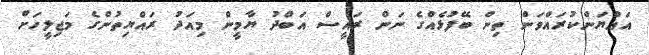
އައްޔަންކުރައްވަން ތިން ބޭފުޅެއްގެ ނަން ރައީސް އަބްދު ޔާމީން މިއަދު ރައްޔިތުންގެ މަޖިލީހަށް